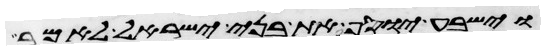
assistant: וישביע יוסף את בני ישראל לאמר